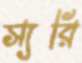
স্যরি